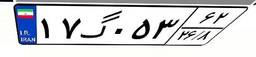
۱۷گ۰۵۳۶۲